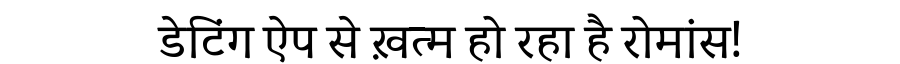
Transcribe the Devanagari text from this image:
डेटिंग ऐप से ख़त्म हो रहा है रोमांस!